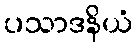
ပသာဒနိယံ